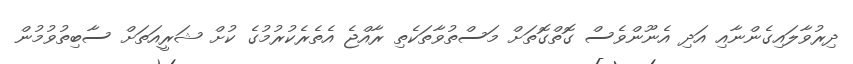
ދިރުވާލައިގެންނާއި އަދި އެނޫންވެސް ގޮތްގޮތަށް މަސްތުވާތަކެތި ރާއްޖެ އެތެރެކުރުމުގެ ކުށް ޝަރީއަތަށް ސާބިތުވުމުން